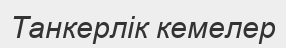
Танкерлік кемелер